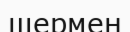
шермен